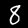
Digit: 8